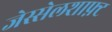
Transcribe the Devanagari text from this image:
जेस्सेलशाफ़्ट